Insane asylums in Bengal annual reports 1876-1887 - 1876-1887
Year: 1876
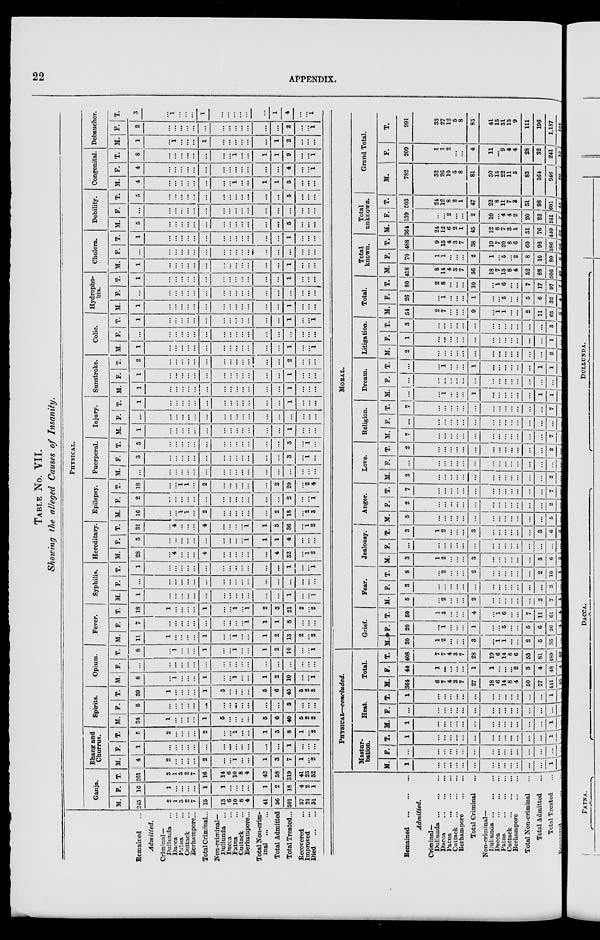
22
APPENDIX.
TABLE No. VII.
Showing the alleged Causes of Insanity.
Remained ...
Admitted.
Criminal—
Dullunda ...
Dacca ...
Patna ...
Cuttack ...
Berhampore...
Total Criminal...
Non-criminal—
Dullunda ...
Dacca ...
Patna ...
Cuttack ...
Berhampore...
Total Non-crim-
inal
...
...
Total Admitted
Total Treated...
Recovered ...
Improved ...
Died
...
...
PHYSICAL.
Ganja.
M.
245
2
1
3
2
7
15
13
6
10
8
4
41
56
301
37
21
31
F.
16
1
...
...
...
...
1
1
...
...
...
...
1
2
18
4
2
1
T.
261
3
1
3
2
7
16
14
6
10
8
4
42
58
319
41
23
32
Bhang and
Churrus.
M.
4
2
...
...
...
...
2
...
...
1
...
...
1
3
7
1
...
2
F.
1
...
...
...
...
...
...
...
...
...
...
...
...
...
1
...
...
...
T.
5
2
...
...
...
...
2
...
...
1
...
...
1
3
8
1
...
2
Spirits.
M.
34
1
...
...
...
...
1
5
...
...
...
...
5
6
40
5
2
2
F.
5
...
...
...
...
...
...
...
...
...
...
...
...
...
5
...
...
...
T.
39
1
...
...
...
...
1
5
...
...
...
...
5
6
45
5
2
2
Opium.
M.
8
... 1
...
...
...
1
...
...
1
...
...
1
2
10
...
...
1
F.
...
...
...
...
...
...
...
...
...
...
...
...
...
...
...
...
...
...
T.
8
... 1
...
...
...
1
...
...
1
...
...
1
2
10
...
...
1
Fever.
M.
11
1
...
...
...
...
1
...
...
1
...
...
1
2
13
2
...
2
F.
7
...
...
...
...
...
...
...
...
...
...
1
1
1
8
...
...
...
T.
18
1
...
...
...
...
1
...
...
1
...
1
2
3
21
2
...
2
Syphilis.
M.
1
...
...
...
...
...
...
...
...
...
...
...
...
...
1
...
...
1
F.
...
...
...
...
...
...
...
...
...
...
...
...
...
...
...
...
...
...
T.
1
...
...
...
...
...
...
...
...
...
...
...
...
...
1
...
...
1
Hereditary.
M.
28
... 4
...
...
...
4
...
...
...
...
...
...
4
32
...
1
2
F.
3
...
...
...
...
...
...
...
...
...
...
1
1
1
4
...
...
...
T.
31
... 4
...
...
...
4
...
...
...
...
1
1
5
36
...
1
2
Epilepsy.
M.
16
...
...
1
1
...
2
...
...
...
...
...
...
2
18
...
2
3
F.
2
...
...
...
...
...
...
...
...
...
...
...
...
...
2
...
...
1
T.
18
...
...
1
1
...
2
...
...
...
...
...
...
2
20
...
2
4
Puerperal.
M.
...
...
...
...
...
...
...
...
...
...
...
...
...
...
...
...
...
...
F.
3
...
...
...
...
...
...
...
...
...
...
...
...
...
3
...
1
...
T.
3
...
...
...
...
...
...
...
...
...
...
...
...
...
3
...
1
...
Injury.
M.
1
...
...
...
...
...
...
...
...
...
...
...
...
...
1
...
...
...
F.
...
...
...
...
...
...
...
...
...
...
...
...
...
...
...
...
...
...
T.
1
...
...
...
...
...
...
...
...
...
...
...
...
...
1
...
...
...
Sunstroke.
M.
1
...
...
...
...
...
...
...
...
...
...
...
...
...
1
...
...
...
F.
1
...
...
...
...
...
...
...
...
...
...
...
...
...
1
...
...
...
T.
2
...
...
...
...
...
...
...
...
...
...
...
...
...
2
...
...
...
Colic.
M.
1
...
...
...
...
...
...
...
...
...
...
...
...
...
1
...
...
1
F.
...
...
...
...
...
...
...
...
...
...
...
...
...
...
...
...
...
...
T.
1
...
...
...
...
...
...
...
...
...
...
...
...
...
1
...
...
1
Hydropho-
bia.
M.
1
...
...
...
...
...
...
...
...
...
...
...
...
...
1
...
...
...
F.
...
...
...
...
...
...
...
...
...
...
...
...
...
...
...
...
...
...
T.
1
...
...
...
...
...
...
...
...
...
...
...
...
...
1
...
...
...
Cholera.
M.
1
...
...
...
...
...
...
...
...
...
...
...
...
...
1
...
...
...
F.
...
...
...
...
...
...
...
...
...
...
...
...
...
...
...
...
...
...
T.
1
...
...
...
...
...
...
...
...
...
...
...
...
...
1
...
...
...
Debility.
M.
5
...
...
...
...
...
...
...
...
...
...
...
...
...
5
...
...
...
F.
...
...
...
...
...
...
...
...
...
...
...
...
...
...
...
...
...
...
T.
5
...
...
...
...
...
...
...
...
...
...
...
...
...
5
...
...
...
Congenital.
M.
4
...
...
...
...
...
...
...
...
1
...
...
1
1
5
...
...
...
F.
4
...
...
...
...
...
...
...
...
...
...
...
...
...
4
...
...
1
T.
8
...
...
...
...
...
...
...
...
1
...
...
1
1
9
...
...
1
Debaucher.
M.
1
...
1
...
...
...
1
...
...
...
...
...
...
1
2
...
...
...
F.
2
...
...
...
...
...
...
...
...
...
...
...
...
...
2
...
...
1
T.
3
...
1
...
...
...
1
...
...
...
...
...
...
1
4
...
...
1
Remained
...
...
...
Admitted.
Criminal—
Dullunda...
...
...
Dacca
...
...
...
Patna
...
...
...
Cuttack
...
...
...
Berhampore ... ... ...
Total Criminal ...
Non-criminal—
Dullunda
...
...
...
Dacca
...
...
...
Patna
...
...
...
Cuttack
...
...
...
Berhampore
...
...
Total Non-criminal ...
Total Admitted ...
Total Treated ...
Recovered
...
...
...
PHYSICAL—concluded.
Mastur-
bation.
M.
1
...
...
...
...
...
...
...
...
...
...
...
...
...
1
...
F.
...
...
...
...
...
...
...
...
...
...
...
...
...
...
...
...
T.
1
...
...
...
...
...
...
...
...
...
...
...
...
...
1
...
Heat.
M.
1
...
...
...
...
...
...
...
...
...
...
...
...
...
1
...
F.
...
...
...
...
...
...
...
...
...
...
...
...
...
...
...
...
T.
1
...
...
...
...
...
...
...
...
...
...
...
...
...
1
...
Total.
M.
364
6
7
4
3
7
27
18
6
14
8
4
50
77
441
45
F.
44
1
...
...
...
...
1
1
...
...
...
2
3
4
48
4
T.
408
7
7
4
3
7
28
19
6
14
8
6
53
81
489
49
MORAL.
Grief.
M.
30
1
2
...
...
...
3
...
1
1
...
...
2
5
35
...
F.
20
...
1
...
...
...
1
...
...
5
...
...
5
6
26
4
T.
50
1
3
...
...
...
4
...
1
6
...
...
7
11
61
4
Fear.
M.
5
...
2
...
...
...
2
...
...
...
...
...
...
2
7
1
F.
3
...
...
...
...
...
...
...
...
...
...
...
...
...
3
...
T.
8
...
2
...
...
...
2
...
...
...
...
...
...
2
10
1
Jealousy.
M.
3
1
2
...
...
...
3
...
...
...
...
...
...
3
6
2
F.
...
...
...
...
...
...
...
...
...
...
...
...
...
...
...
...
T.
3
1
2
...
...
...
3
...
...
...
...
...
...
3
6
2
Anger.
M.
5
...
...
...
...
...
...
...
...
...
...
...
...
...
5
...
F.
2
...
...
...
...
...
...
...
...
...
...
...
...
...
2
...
T.
7
...
...
...
...
...
...
...
...
...
...
...
...
...
7
...
Love.
M.
2
...
...
...
...
...
...
...
...
...
...
...
...
...
2
...
F.
...
...
...
...
...
...
...
...
...
...
...
...
...
...
...
...
T.
2
...
...
...
...
...
...
...
...
...
...
...
...
...
2
...
Religion.
M.
7
...
...
...
...
...
...
...
...
...
...
...
...
...
7
...
F.
...
...
...
...
...
...
...
...
...
...
...
...
...
...
...
...
T.
7
...
...
...
...
...
...
...
...
...
...
...
...
...
7
...
Dream.
M.
...
...
1
...
...
...
1
...
...
...
...
...
...
1
1
...
F.
...
...
...
...
...
...
...
...
...
...
...
...
...
...
...
...
T.
...
...
1
...
...
...
1
...
...
...
...
...
...
1
1
...
Litigation.
M.
2
...
...
...
...
...
...
...
...
...
...
...
...
...
2
...
F.
1
...
...
...
...
...
...
...
...
...
...
...
...
...
1
...
T.
3
...
...
...
...
...
...
...
...
...
...
...
...
...
8
...
Total.
M.
54
2
7
...
...
...
9
...
1
1
...
...
2
11
65
3
F.
26
...
1
...
...
...
1
...
...
5
...
...
5
6
32
4
T.
80
2
8
...
...
...
10
...
1
6
...
...
7
17
97
7
Total
known.
M.
418
8
14
4
3
7
36
18
7
15
8
4
52
88
506
48
F.
70
1
1
...
...
...
2
1
...
5
...
2
8
10
80
8
T.
488
9
15
4
3
7
38
19
7
20
8
6
60
98
586
56
Total
unknown.
M.
364
24
12
6
2
1
45
12
8
7
3
1
31
76
440
38
F.
139
...
...
2
...
...
2
10
...
4
4
2
20
22
161
7
T.
503
24
12
8
2
1
47
22
8
11
7
3
51
98
601
45
Grand Total.
M.
782
32
26
10
5
8
81
30
15
22
11
5
83
164
946
86
F.
209
1
1
2
...
...
4
11
...
9
4
4
28
32
241
15
T.
991
33
27
12
5
8
85
41
15
31
15
9
111
196
1,187
101